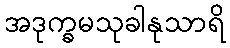
အဒုက္ခမသုခါနုသာရိ